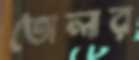
তোলার